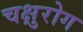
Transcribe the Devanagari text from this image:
चक्षुरोग